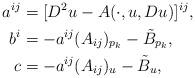
LaTeX: \begin{align*} a^{ij} &= [D^2u-A(\cdot,u,Du)]^{ij},\\b^i &= -a^{ij}(A_{ij})_{p_k}-\tilde{B}_{p_k},\\c &= -a^{ij}(A_{ij})_u-\tilde{B}_u,\end{align*}